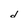
Character: d